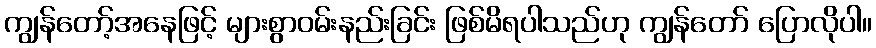
ကျွန်တော့်အနေဖြင့် များစွာဝမ်းနည်းခြင်း ဖြစ်မိရပါသည်ဟု ကျွန်တော် ပြောလိုပါ။